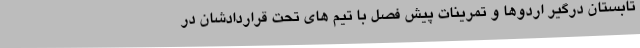
تابستان درگیر اردوها و تمرینات پیش فصل با تیم های تحت قراردادشان در